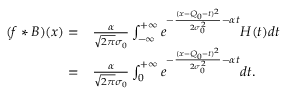
\begin{array} { r l } { ( f * B ) ( x ) = } & { \frac { \alpha } { \sqrt { 2 \pi } \sigma _ { 0 } } \int _ { - \infty } ^ { + \infty } e ^ { - \frac { ( x - Q _ { 0 } - t ) ^ { 2 } } { 2 \sigma _ { 0 } ^ { 2 } } - \alpha t } H ( t ) d t } \\ { = } & { \frac { \alpha } { \sqrt { 2 \pi } \sigma _ { 0 } } \int _ { 0 } ^ { + \infty } e ^ { - \frac { ( x - Q _ { 0 } - t ) ^ { 2 } } { 2 \sigma _ { 0 } ^ { 2 } } - \alpha t } d t . } \end{array}